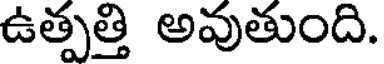
ఉత్పత్తి అవుతుంది.